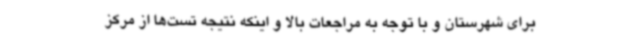
برای شهرستان و با توجه به مراجعات بالا و اینکه نتیجه تست‌ها از مرکز